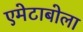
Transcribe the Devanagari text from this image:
एमेटाबोला